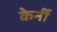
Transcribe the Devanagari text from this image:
केर्नी